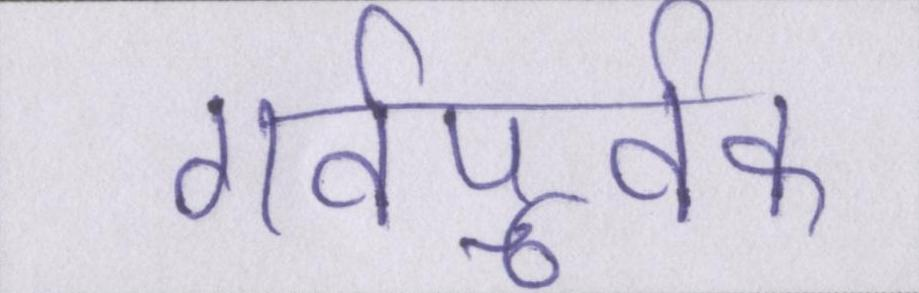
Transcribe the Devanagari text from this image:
गर्वपूर्वक